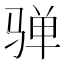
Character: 𱅛